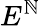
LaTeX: E^{\mathbb{N}}